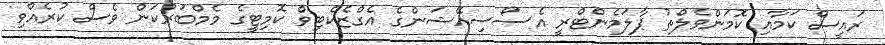
ރައީސް ކަމާއި ކޮމަންވެލްތު ޕާލަމެންޓްރީ އެސޯސިއޭޝަންގެ އެގްޒެކެޓިވް ކޮމިޓީގެ މެމްބަރުކަން ވެސް ކުރެއްވި